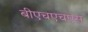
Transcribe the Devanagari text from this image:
बीएचएचएस